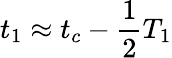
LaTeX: t_{1}\approx t_{c}-\frac{1}{2}T_{1}